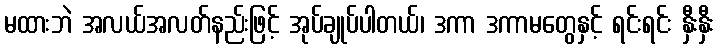
မထားဘဲ အလယ်အလတ်နည်းဖြင့် အုပ်ချုပ်ပါတယ်၊ ဒကာ ဒကာမတွေနှင့် ရင်းရင်း နှီးနှီး